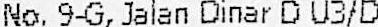
NO. 9-G, JALAN DINAR D U3/D